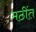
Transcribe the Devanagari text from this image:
मठींत